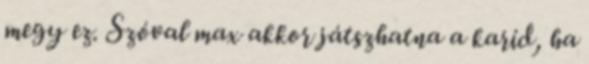
megy ez. Szóval max akkor játszhatna a karid, ha